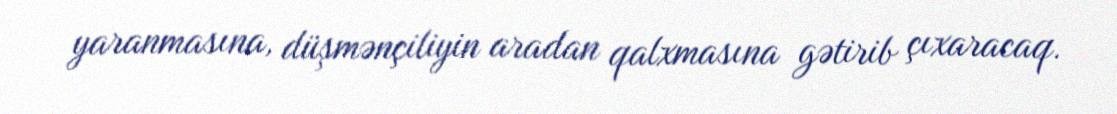
yaranmasına, düşmənçiliyin aradan qalxmasına gətirib çıxaracaq.